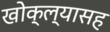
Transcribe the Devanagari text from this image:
खोक्ल्यासह